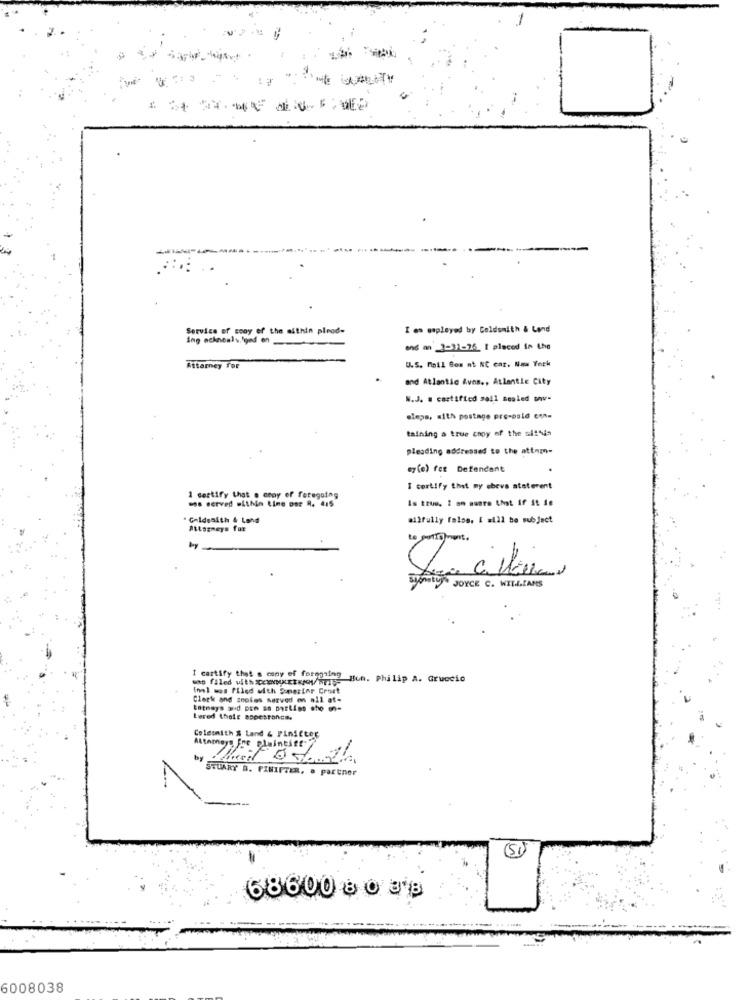
Service of cooy of the mithin plnod-
I en unplayed by Coldsmith & Land
ing ochnealy, fond en
66 m_3-11-26 1 placed in the
U.S. Moll Bon nf NC car. New York
Attorney for
and Atlantic &vos ., Atlantic City
W.J. # castified sall sealed su-
eleps, with postage pre-paid con=
talning a true choy of the sithis
pleading addressed to the attnm-
sy(e) fer Defendant
I certify thet my ebeve staterent
1 certify that o croy of foregoing
mes served within time por R. 415
Is true. I on sure that if it ie
" Geldsaith & Lohd
allfully false, & #122 be subject
Attorneys for
to ponto ment .
by
SJONty JOYCE C. WILLIAMS
I cartify that s ceny ef forggning
was filed with Cewentxxw/w > Hun. Philip A. Gruccio
Innl wos filed with Somesinr Court
Clerk and snotes served on mil at-
Lered their espesroncs.
Coldsmith & Land & Pinicter
STUARY B. FINIFTER, . partner
68600 ₺ 0 38
6008038